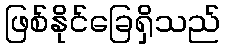
ဖြစ်နိုင်ခြေရှိသည်